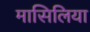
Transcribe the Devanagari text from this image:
मासिलिया